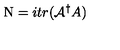
\mathrm { \boldmath N } = i t r ( { \cal { A } } ^ { \dag } A )